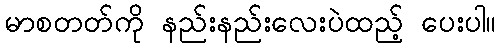
မာစတတ်ကို နည်းနည်းလေးပဲထည့် ပေးပါ။